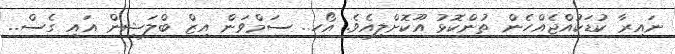
ނައިރާ ކުޑަކުއްޖެއްހެން ތުންކޮޅު އޫކޮށްލިއެވެ. އޯހ.. ސަމްވަން އިޒް ބްލަޝިން އައި ގެސް..